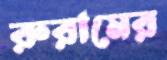
রুরামের